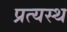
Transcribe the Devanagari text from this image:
प्रत्यस्थ